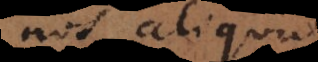
nos aliquid